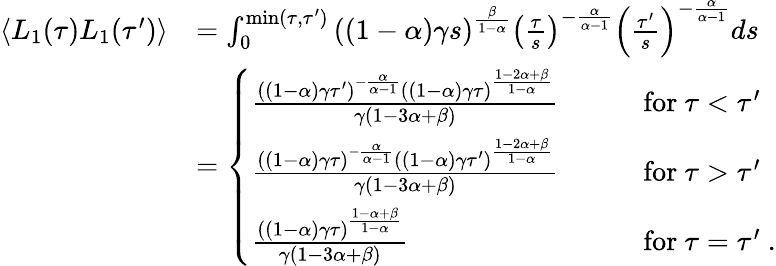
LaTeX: \begin{array}{rl}{\langle L_{1}(\tau)L_{1}(\tau^{\prime})\rangle}&{=\int_{0}^{\mathrm{min}(\tau,\tau^{\prime})}\left((1-\alpha)\gamma s\right)^{\frac{\beta}{1-\alpha}}\left(\frac{\tau}{s}\right)^{-\frac{\alpha}{\alpha-1}}\left(\frac{\tau^{\prime}}{s}\right)^{-\frac{\alpha}{\alpha-1}}ds}\\ &{=\left\{ \begin{array}{ll}{\frac{((1-\alpha)\gamma\tau^{\prime})^{-\frac{\alpha}{\alpha-1}}((1-\alpha)\gamma\tau)^{\frac{1-2\alpha+\beta}{1-\alpha}}}{\gamma\left(1-3\alpha+\beta\right)}}&{\qquad\mathrm{for}\ \tau<\tau^{\prime}}\\ {\frac{((1-\alpha)\gamma\tau)^{-\frac{\alpha}{\alpha-1}}((1-\alpha)\gamma\tau^{\prime})^{\frac{1-2\alpha+\beta}{1-\alpha}}}{\gamma\left(1-3\alpha+\beta\right)}}&{\qquad\mathrm{for}\ \tau>\tau^{\prime}}\\ {\frac{((1-\alpha)\gamma\tau)^{\frac{1-\alpha+\beta}{1-\alpha}}}{\gamma\left(1-3\alpha+\beta\right)}}&{\qquad\mathrm{for}\ \tau=\tau^{\prime}\ .}\end{array}\right.}\end{array}